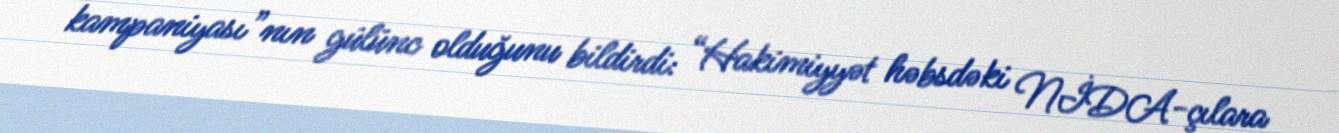
kampaniyası”nın gülünc olduğunu bildirdi: “Hakimiyyət həbsdəki NİDA-çılara